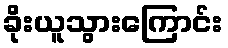
ခိုးယူသွားကြောင်း